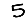
Digit: 5